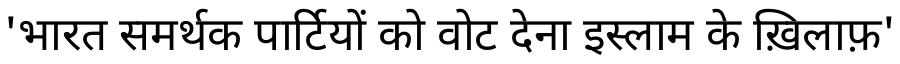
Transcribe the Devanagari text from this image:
'भारत समर्थक पार्टियों को वोट देना इस्लाम के ख़िलाफ़'